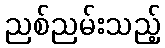
ညစ်ညမ်းသည့်